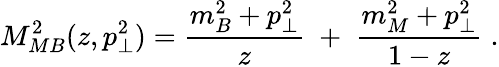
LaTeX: M_{MB}^{2}(z,p_{\perp}^{2})=\frac{m_{B}^{2}+p_{\perp}^{2}}{z}\; +\; \frac{m_{M}^{2}+p_{\perp}^{2}}{1-z}\; .